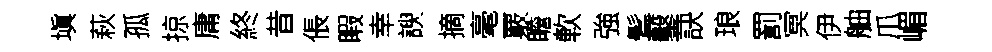
塡萩孤掠庸終昔倀睱幸諛摘毫覈瞻軟強鬂鑿訣琅罰冥伊舳爪嵋